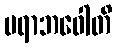
ပရာဘဝေါတိ